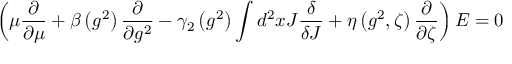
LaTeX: \left( \mu \frac { \partial } { \partial \mu } + \beta \left( g ^ { 2 } \right) \frac { \partial } { \partial g ^ { 2 } } - \gamma _ { 2 } \left( g ^ { 2 } \right) \int d ^ { 2 } x J \frac { \delta } { \delta J } + \eta \left( g ^ { 2 } , \zeta \right) \frac { \partial } { \partial \zeta } \right) E = 0